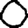
Digit: 0